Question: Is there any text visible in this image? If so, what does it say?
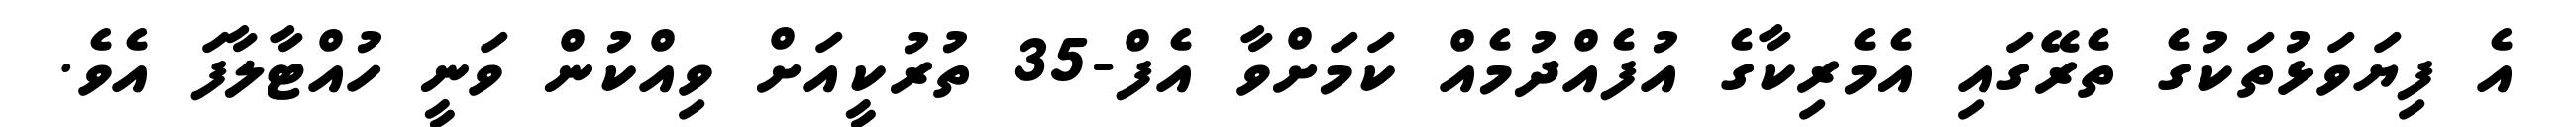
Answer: އެ ފިޔަވަޅުތަކުގެ ތެރޭގައި އެމެރިކާގެ އުފެއްދުމެއް ކަމަށްވާ އެފް-35 ތުރުކީއަށް ވިއްކުން ވަނީ ހުއްޓާލާފަ އެވެ.